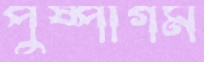
পুষ্পাগম